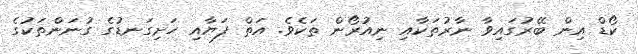
ކޯޑް އިން ބޭރުގައިވާ ނާރުތަކާއި ނިއުރޯން ތަކެވެ. އަތް ފަޔާއި ހަށިގަނޑުގެ ގުނަންތަކުގެ